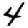
Digit: 4